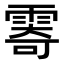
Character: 𩃤